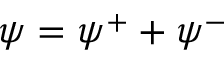
{ \psi } = \psi ^ { + } + \psi ^ { - }